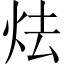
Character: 𪸘